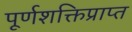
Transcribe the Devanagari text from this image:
पूर्णशक्तिप्राप्त